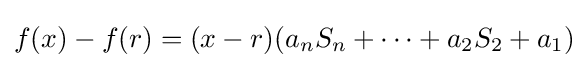
f(x)-f(r)=(x-r)(a_{n}S_{n}+\cdots +a_{2}S_{2}+a_{1})